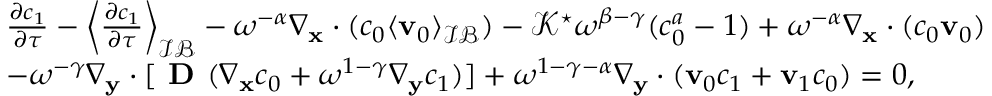
\begin{array} { r l } & { \frac { \partial c _ { 1 } } { \partial \tau } - \left\langle \frac { \partial c _ { 1 } } { \partial \tau } \right\rangle _ { \mathcal { I B } } - \omega ^ { - \alpha } \nabla _ { \mathbf x } \cdot ( c _ { 0 } \langle \mathbf v _ { 0 } \rangle _ { \mathcal { I B } } ) - \mathcal { K } ^ { \star } \omega ^ { \beta - \gamma } ( c _ { 0 } ^ { a } - 1 ) + \omega ^ { - \alpha } \nabla _ { \mathbf x } \cdot ( c _ { 0 } \mathbf v _ { 0 } ) } \\ & { - \omega ^ { - \gamma } \nabla _ { \mathbf y } \cdot [ \textbf { D } ( \nabla _ { \mathbf x } c _ { 0 } + \omega ^ { 1 - \gamma } \nabla _ { \mathbf y } c _ { 1 } ) ] + \omega ^ { 1 - \gamma - \alpha } \nabla _ { \mathbf y } \cdot ( \mathbf v _ { 0 } c _ { 1 } + \mathbf v _ { 1 } c _ { 0 } ) = 0 , } \end{array}